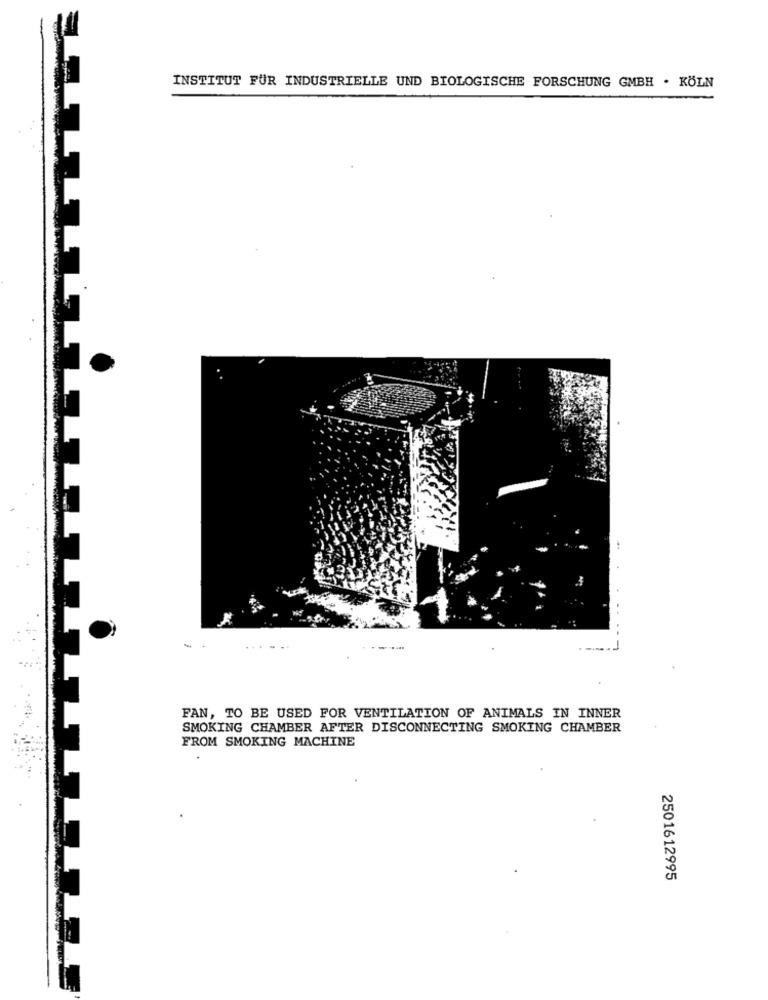
INSTITUT FÜR INDUSTRIELLE UND BIOLOGISCHE FORSCHUNG GMBH . KÖLN
FAN, TO BE USED FOR VENTILATION OF ANIMALS IN INNER
SMOKING CHAMBER AFTER DISCONNECTING SMOKING CHAMBER
FROM SMOKING MACHINE
2501612995